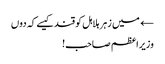
← میں زہر ہلاہل کو قند کیسے کہ دوں
وزیراعظم صاحب!